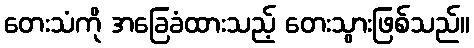
တေးသံကို အခြေခံထားသည့် တေးသွားဖြစ်သည်။